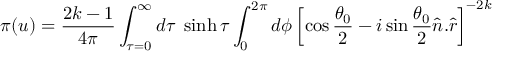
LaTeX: \pi ( u ) = \frac { 2 k - 1 } { 4 \pi } \int _ { \tau = 0 } ^ { \infty } d \tau \; \sinh \tau \int _ { 0 } ^ { 2 \pi } d \phi \left[ \cos \frac { \theta _ { 0 } } { 2 } - i \sin \frac { \theta _ { 0 } } { 2 } \hat { n } . \hat { r } \right] ^ { - 2 k }